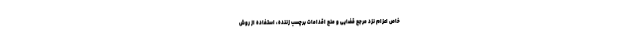
خاص اعزام نزد مرجع قضایی و منع اقدامات برچسب زننده، استفاده از روش